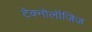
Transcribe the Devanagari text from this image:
टेक्नोलॉजिज